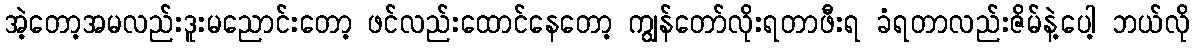
အဲ့တော့အမလည်းဒူးမညောင်းတော့ ဖင်လည်းထောင်နေတော့ ကျွန်တော်လိုးရတာဖီးရ ခံရတာလည်းဇိမ်နဲ့ပေါ့ ဘယ်လို